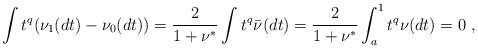
LaTeX: \begin{align*} \int t^q (\nu_1(dt)-\nu_0(dt))= \frac{2}{1+\nu^*}\int t^q \bar{\nu}^{}(dt)= \frac{2}{1+\nu^*}\int_{a}^{1} t^q \nu(dt)=0\ , \end{align*}